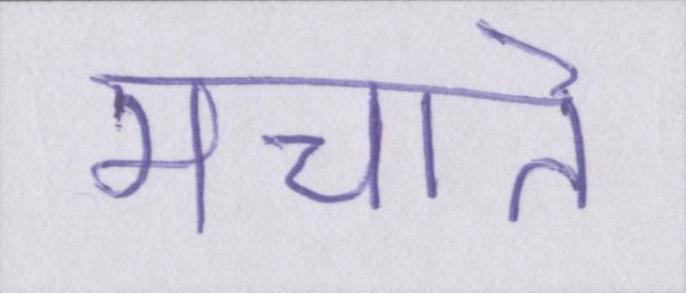
मचाते